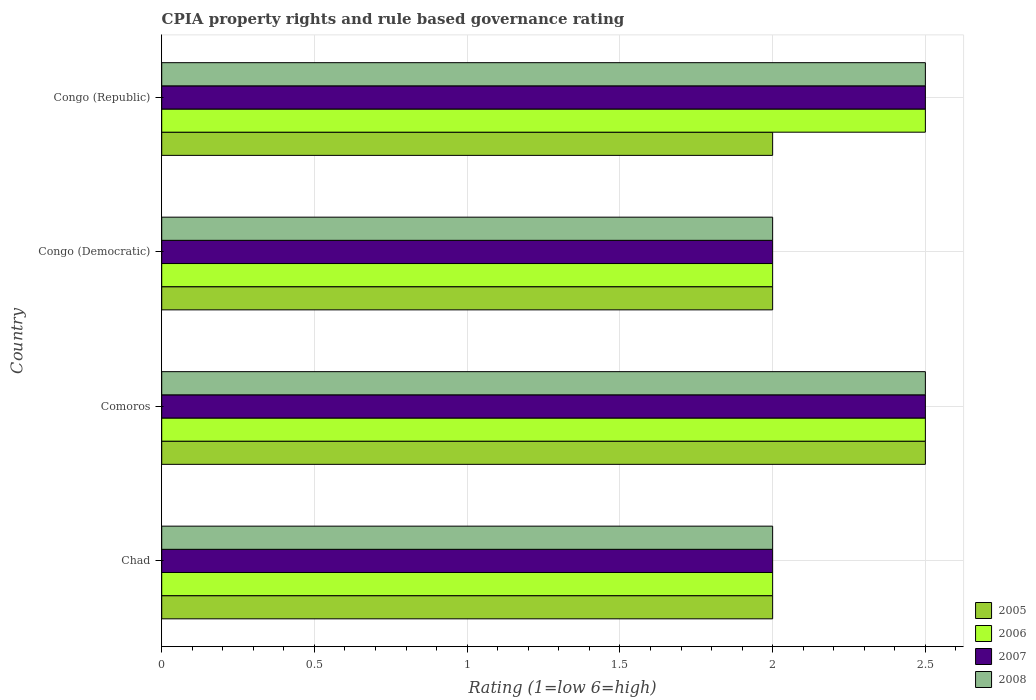
| Country | 2005 | 2006 | 2007 | 2008 |
 | --- | --- | --- | --- | --- |
 | Chad | 2 | 2 | 2 | 2 |
 | Comoros | 2.5 | 2.5 | 2.5 | 2.5 |
 | Congo (Democratic) | 2 | 2 | 2 | 2 |
 | Congo (Republic) | 2 | 2.5 | 2.5 | 2.5 |